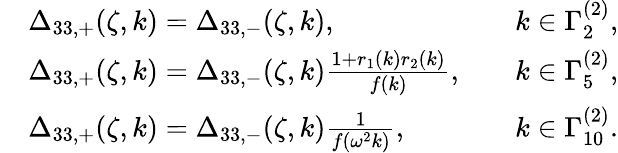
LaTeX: \begin{array}{rlrl}&{\Delta_{33,+}(\zeta,k)=\Delta_{33,-}(\zeta,k),}&&{k\in\Gamma_{2}^{(2)},}\\ &{\Delta_{33,+}(\zeta,k)=\Delta_{33,-}(\zeta,k)\frac{1+r_{1}(k)r_{2}(k)}{f(k)},}&&{k\in\Gamma_{5}^{(2)},}\\ &{\Delta_{33,+}(\zeta,k)=\Delta_{33,-}(\zeta,k)\frac{1}{f(\omega^{2}k)},}&&{k\in\Gamma_{10}^{(2)}.}\end{array}